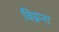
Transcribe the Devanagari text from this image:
विग्नना